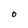
Character: O